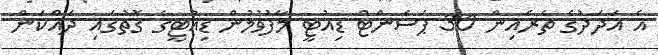
އެ އަދަދުގެ ތެރެއިން 30 ޕަސެންޓް ޑިއުޓީ މާފުވުމުން ޑިއުޓީގެ ގޮތުގައި ދައްކަން